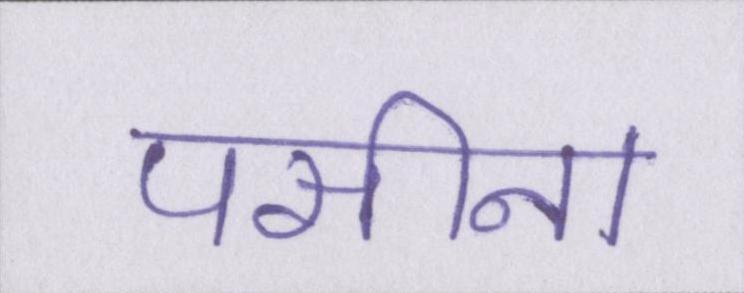
पसीना